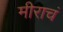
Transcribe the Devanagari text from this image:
मीराचं